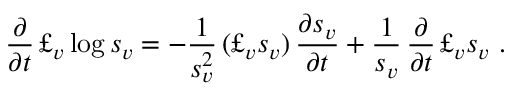
\frac \partial { \partial t } \, \pounds _ { v } \log s _ { v } = - \frac 1 { s _ { v } ^ { 2 } } \, ( \pounds _ { v } s _ { v } ) \, \frac { \partial s _ { v } } { \partial t } + \frac { 1 } { s _ { v } } \, \frac \partial { \partial t } \, \pounds _ { v } s _ { v } \ .